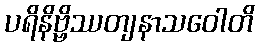
ပရိနိဗ္ဗိဿတျနာသဝေါတိ